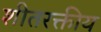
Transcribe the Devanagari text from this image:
शीतरक्तीय